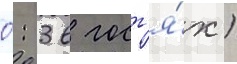
0: 3 в гост'я́х)